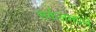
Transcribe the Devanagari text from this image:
सर्कलमधले